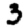
Digit: 3